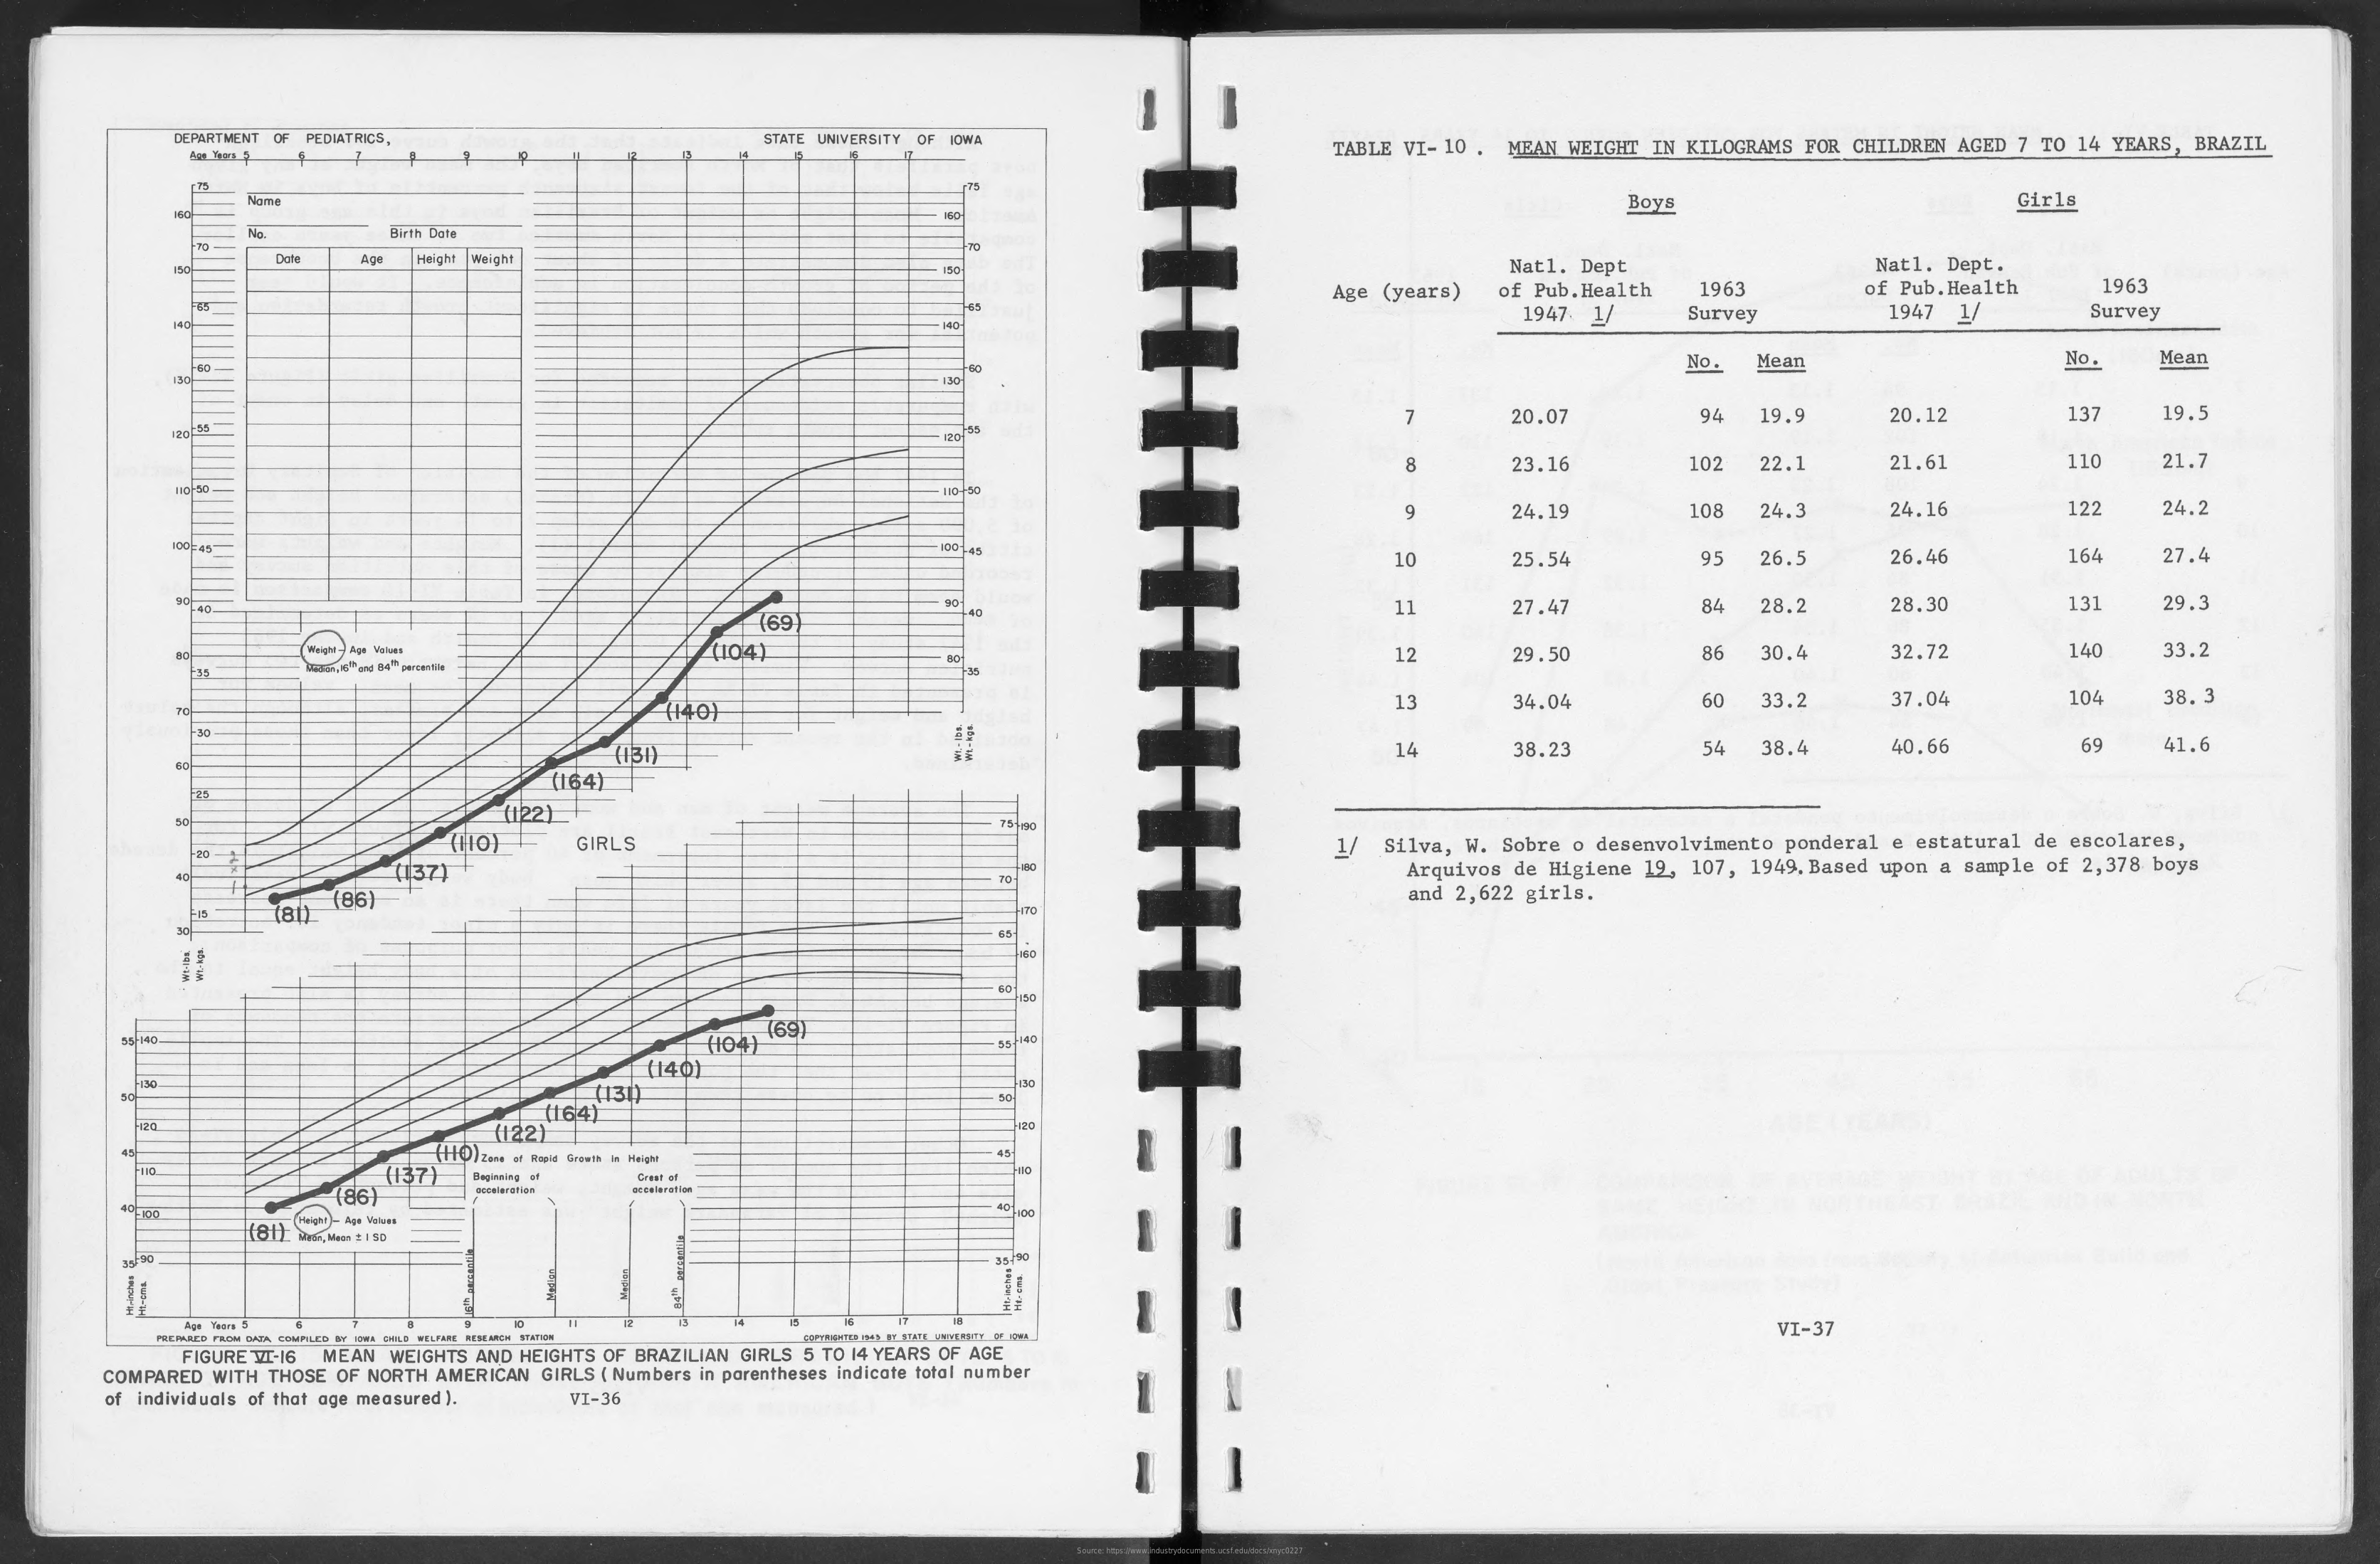
DEPARTMENT OF PEDIATRICS,    STATE UNIVERSITY OF IOWA    TABLE VI- 10 . MEAN WEIGHT IN KILOGRAMS FOR CHILDREN AGED 7 TO 14 YEARS, BRAZIL
     Boys    Girls
     HHHHH
     Birth Date
     Height Weight    Natl. Dept
     Age (years) of Pub. Health 1963
     Natl. Dept.
     of Pub. Health 1963
     1947 1  Survey    1947 1/   Survey
     No . Mean    No.  Mean
     - 130
     7    20.07    94 19.9   20.12    137  19.5
     8    23.16    102 22.1   21.61    110  21.7
     110-250
     9    24.19    108 24.   24.16    122  24.2
     1001-45
     10    25.54    95 26.5   26.46    164  27.4
     (69
     140    11    27.47    84 28.2   28.30    131  29.3
     (104)    12    29.50    86 30.4   32.72    140  33.2
     (140)    13    34.04    60 33.2   37.04    104  38. 3
     (131)    14    38.23    54 38.4   40.66    69  41.6
     (164)
     (122)
     (10)   GIRLS
     (137)
     1/ Silva, W. Sobre o desenvolvimento ponderal e estatural de escolares,
     Arquivos de Higiene 19, 107, 1949. Based upon a sample of 2,378 boys
     (86)    and 2,622 girls.
     30
     (69)
     5/140
     (140)
     130
     (164)
     (130
     120    (122)
     (137
     (HO) Z Bol dremih in Might
     45
     Great of
     (86)
     -   -
     -
     (81) UMMein t 1 89
     ,90    35/90
     --- --- -
     IT    VI-37
     MERARES FROM DATA COMPILED BY JOHN CHILD WELFARE atstate= granom
     FIGURE TI-16 MEAN WEIGHTS AND HEIGHTS OF BRAZILIAN GIRLS 5 TO 14 YEARS OF AGE
     -
     -
     - COMPARED WITH THOSE OF NORTH AMERICAN GIRLS ( Numbers in parentheses indicate total number
     of individuals of that age measured ). VI-36
     -
     Source: https://www.industrydocuments.ucsf.edu/docs/xnyc0227